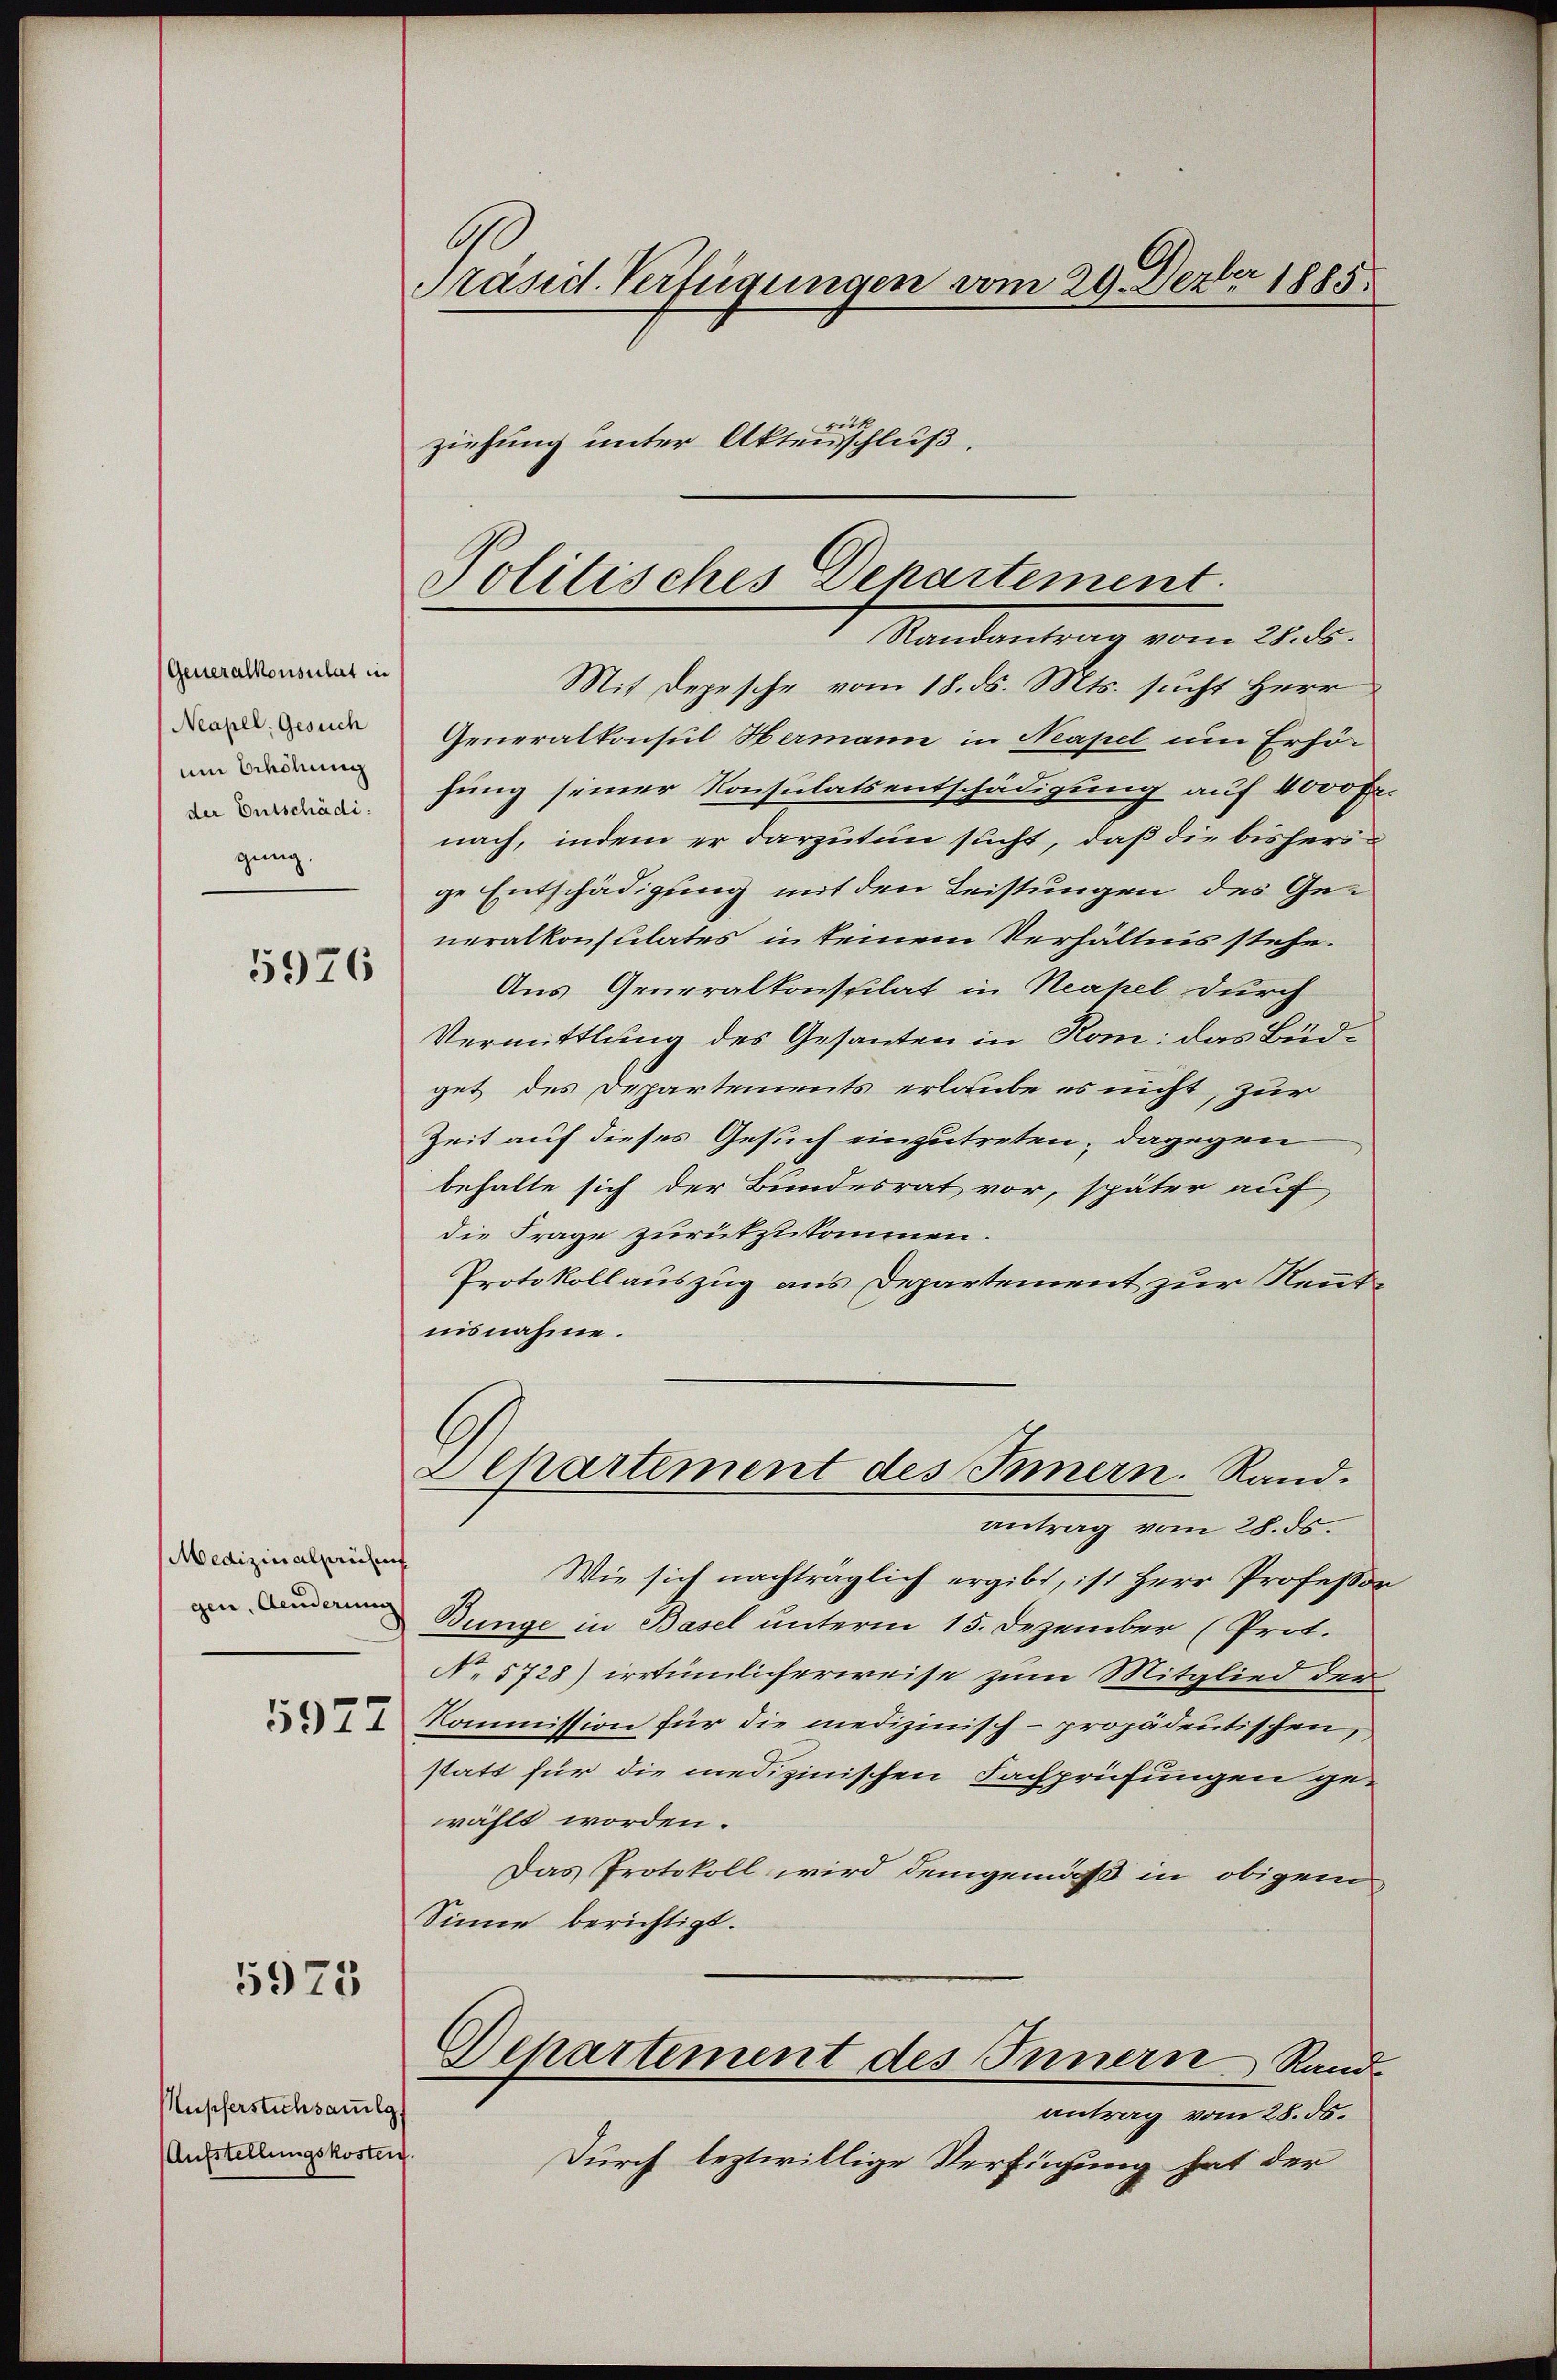
(Generalkonsulat in
Neapel: Gesuch
um Erhöhung
der Entschädi
gung

5976

Medizinalhausen
gen, Aenderung

5927

5975

Mupferstichsamlgs
Aufstellungskosten

6
Präsid. Verfügungen vom 29. Dezbr 1885.
ziehung unter Aktensschluß.

Mit Depesche vom 18. ds. Mts. sucht Herr
Generalkonsul Hermann in Neapel um Erhöhung seiner Konsulatsentschädigung auf 4000 Fr
nach, indem er darzutun sucht, daß die bisherige Entschädigung mit den Leistungen des Generalkonsulates in keinem Verhältnis stehe.
Aus Generalkonsulat in Neapel durch
Vermittlung des Gesanten in Kom: das Büdget des Departements erlaube es nicht, zur
Zeit auf dieses Gesuch einzutreten; dagegen
behalte sich der Bundesrat vor, später auf
die Frage zurükzukommen.
Protokoll auszug aus Departement zur Rentnisnahme.
Achartement des Innern. Randantrag vom 28. ds.
Wie sich nachträglich ergibt, ist Herr Professor
Bunge in Basel unterm 15. Dezember (Prot.
No 5728) irrtümlicherweise zum Mitglied der
Kommission für die medizinisch-propädentischen,
statt für die medizinischen Fachprüfungen ge-
wählt worden.
Das Protokoll wird demgemäß in obigem
Sinne berichtigt.
Departement des Innern Rand
antrag vom 28. ds.
Durch leztwillige Verfügung hat der

Politisches Departement
Randantrag vom 28. ds.